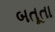
બતૂતા